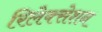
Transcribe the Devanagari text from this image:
रिलेक्सेशन